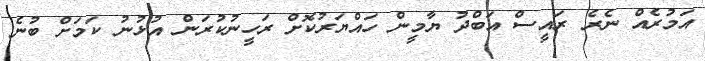
އަމުރެއް ނެރެ ރައީސް އަބްދު ޔާމީން ހައްޔަރުކޮށް ރަހީނުކުރަން އުޅުނު ކަމަށް ބުނެ